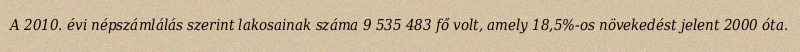
A 2010. évi népszámlálás szerint lakosainak száma 9 535 483 fő volt, amely 18,5%-os növekedést jelent 2000 óta.